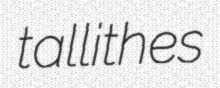
tallithes